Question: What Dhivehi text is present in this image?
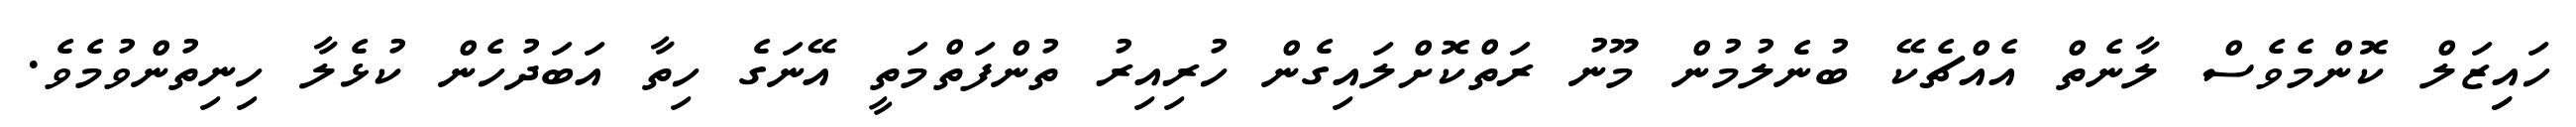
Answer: ހައިިޒަލް ކޮންމެވެސް ލާނެތް އެއްޗެކޭ ބުނެލުމުން މޫނު ރަތްކޮށްލައިގެން ހުރިއިރު ތުންފަތްމަތީ އޭނަގެ ހިތާ އަބަދުހެން ކުޅެލާ ހިނިތުންވުމެވެ.